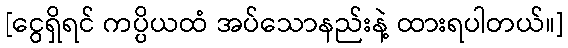
[ငွေရှိရင် ကပ္ပိယထံ အပ်သောနည်းနဲ့ ထားရပါတယ်။]